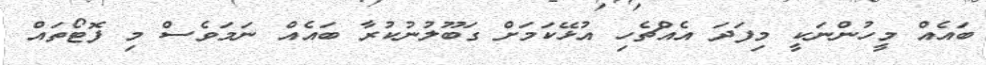
ބައެއް މީހުންނަކީ މިފަދަ އެއްޗެހި އުޅޭކަމަށް ގަބޫލުނުކުރާ ބައެއް ނަމަވެސް މި ފޮޓޯތައް